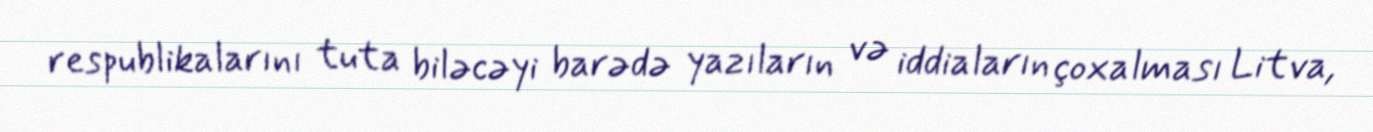
respublikalarını tuta biləcəyi barədə yazıların və iddiaların çoxalması Litva,